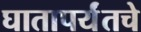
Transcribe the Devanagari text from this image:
घातापर्यंतचे